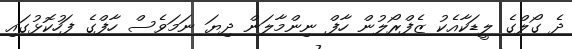
ދެ ގޯލްގެ ލީޑަކާއެކު ޒެފްރޯލުން ހާފް ނިންމާލަން ދިޔަ ނަމަވެސް ހާފްގެ ފަހުކޮޅުގައި